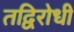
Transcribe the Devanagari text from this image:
तद्विरोधी